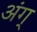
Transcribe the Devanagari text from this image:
अंग्